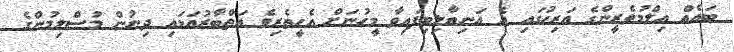
ބައެއް ޢިލްމުވެރީންގެ އަރިހުގައި އެ އަނިޔާލިބިފައިވާ މީހުނަށް އެހީތެރިވެ އަތްބާރުއަޅައި ދިނުން މުސްލިމުންގެ